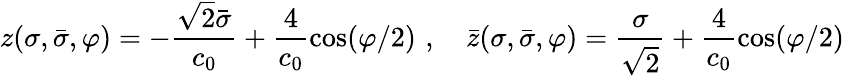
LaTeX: z(\sigma,\bar{\sigma},\varphi)=-\frac{\sqrt{2}\bar{\sigma}}{c_{0}}+\frac{4}{c_{0}}\cos(\varphi/2)\, \, ,\quad\bar{z}(\sigma,\bar{\sigma},\varphi)=\frac{\sigma}{\sqrt{2}}+\frac{4}{c_{0}}\cos(\varphi/2)